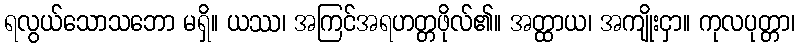
ရလွယ်သောသဘော မရှိ။ ယဿ၊ အကြင်အရဟတ္တဖိုလ်၏။ အတ္ထာယ၊ အကျိုးငှာ။ ကုလပုတ္တာ၊